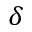
\delta